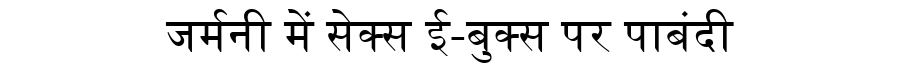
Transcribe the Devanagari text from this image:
जर्मनी में सेक्स ई-बुक्स पर पाबंदी